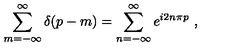
\sum _ { m = - \infty } ^ { \infty } \delta \! \left( p - m \right) = \sum _ { n = - \infty } ^ { \infty } e ^ { i 2 n \pi p } \ ,